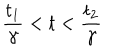
\frac { t _ { 1 } } { \gamma } < t < \frac { t _ { 2 } } { \gamma }